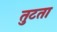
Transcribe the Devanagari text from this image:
तुटता